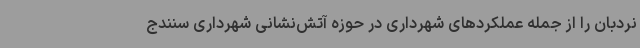
نردبان را از جمله عملکردهای شهرداری در حوزه آتش‌نشانی شهرداری سنندج